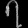
Digit: ၇